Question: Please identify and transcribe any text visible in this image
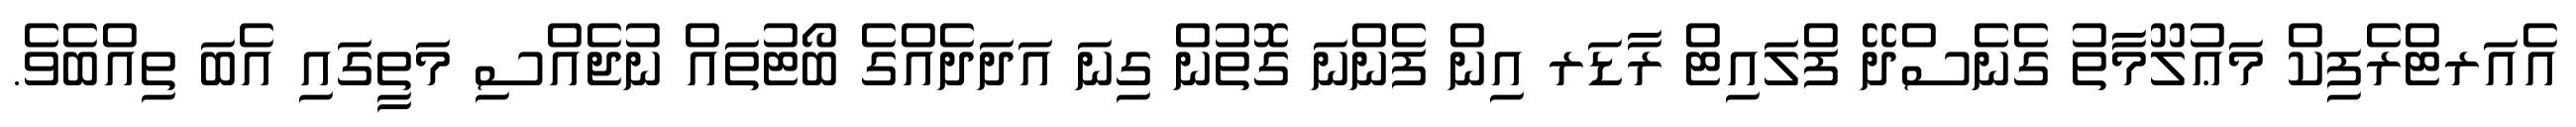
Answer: އެއަރޓްރެފިކް މަޢުލޫމާތު ގެނެސްދޭ ފްލައިޓް ރާޑަރ އިން ފެންނަ ގޮތުން ގިނަ އަދަދެއްގެ ބޯޓުތައް ނުޖެއްސި މަތީގައި އެބަ ތިއްބެވެ.